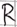
Text: R